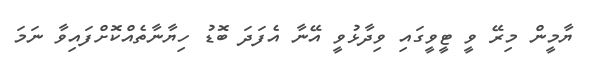
ޔާމީން މިރޭ ވީ ޓީވީގައި ވިދާޅުވީ އޭނާ އެފަދަ ބޮޑު ހިޔާނާތެއްކޮށްފައިވާ ނަމަ